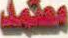
معتمد